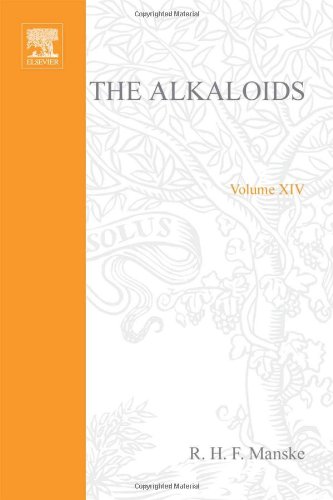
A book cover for The Alkaloids: Chemistry and Physiology  V14, Volume 14; Science & Math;